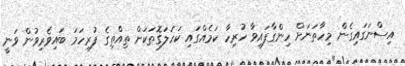
އިސްނަގައިގެން މިހާތަނަށް ހިންގާފައިވާ ހުރިހާ ކަމެއްގައި ކަހަލަގޮތަކަށް ތިއްތިގެ ފުރިހަމަ ބައިވެރިވުން ވަނީ